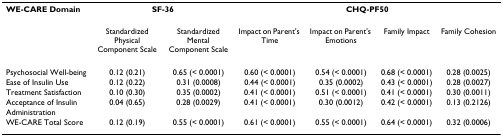
| WE-CARE Domain | <COLSPAN=2> SF-36 | <COLSPAN=4> CHQ-PF50 |
 |  | Standardized Physical Component Scale | Standardized Mental Component Scale | Impact on Parent's Time | Impact on Parent's Emotions | Family Impact | Family Cohesion |
 | --- | --- | --- | --- | --- | --- | --- |
 | Psychosocial Well-being | 0.12 (0.21) | 0.65 (< 0.0001) | 0.60 (< 0.0001) | 0.54 (< 0.0001) | 0.68 (< 0.0001) | 0.28 (0.0025) |
 | Ease of Insulin Use | 0.12 (0.22) | 0.31 (0.0008) | 0.44 (< 0.0001) | 0.35 (0.0002) | 0.43 (< 0.0001) | 0.28 (0.0027) |
 | Treatment Satisfaction | 0.10 (0.30) | 0.35 (0.0002) | 0.41 (< 0.0001) | 0.51 (< 0.0001) | 0.41 (< 0.0001) | 0.30 (0.0011) |
 | Acceptance of Insulin Administration | 0.04 (0.65) | 0.28 (0.0029) | 0.41 (< 0.0001) | 0.30 (0.0012) | 0.42 (< 0.0001) | 0.13 (0.2126) |
 | WE-CARE Total Score | 0.12 (0.19) | 0.55 (< 0.0001) | 0.61 (< 0.0001) | 0.55 (< 0.0001) | 0.64 (< 0.0001) | 0.32 (0.0006) |